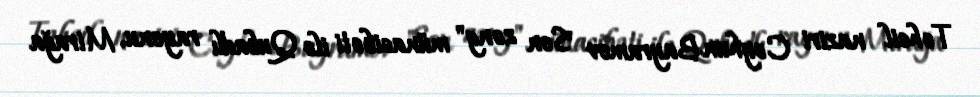
Təhsil naziri Ceyhun Bayramov "Son zəng" münasibəti ilə Qubadlı rayonu, Mirağa